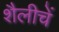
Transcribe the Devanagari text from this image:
शैलीचें